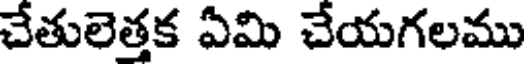
చేతులెత్తక ఏమి చేయగలము